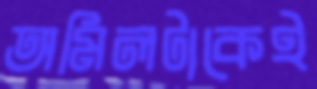
অমিলটাকেই